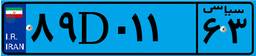
۸۹D۰۱۱۶۳